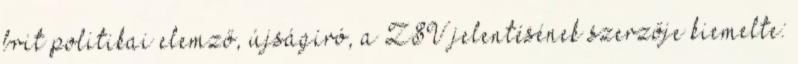
brit politikai elemző, újságíró, a ZSV jelentésének szerzője kiemelte: